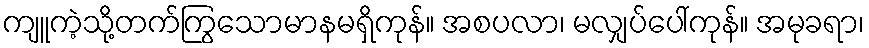
ကျူကဲ့သို့တက်ကြွသောမာနမရှိကုန်။ အစပလာ၊ မလျှပ်ပေါ်ကုန်။ အမုခရာ၊